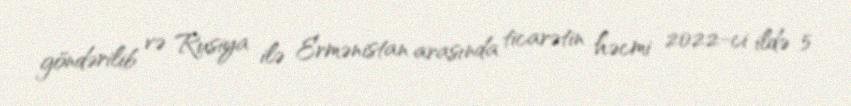
göndərilib və Rusiya ilə Ermənistan arasında ticarətin həcmi 2022-ci ildə 5